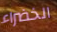
الخضراء